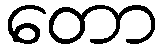
တော